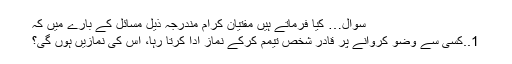
سوال… کیا فرماتے ہیں مفتیان کرام مندرجہ ذیل مسائل کے بارے میں کہ
1..کسی سے وضو کروانے پر قادر شخص تیمم کرکے نماز ادا کرتا رہا، اس کی نمازیں ہوں گی؟